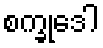
စက္ခုဒေါ